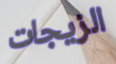
الزيجات